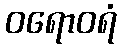
ဝရောဝရံ